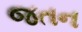
જતન